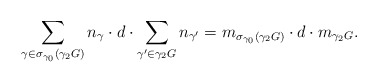
\begin{align*} \sum_{\gamma\in \sigma_{\gamma _0}(\gamma_2G)}n_{\gamma} \cdot d\cdot \sum_{\gamma'\in\gamma _2G} n_{\gamma'}=m_{\sigma_{\gamma _0}(\gamma_2 G)}\cdot d\cdot m_{\gamma_2 G}. \end{align*}